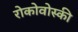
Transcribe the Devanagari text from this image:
रोकोवोस्की